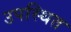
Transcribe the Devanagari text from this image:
उपस्थित